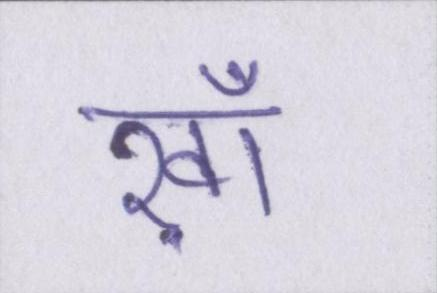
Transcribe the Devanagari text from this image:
ख़ाँ